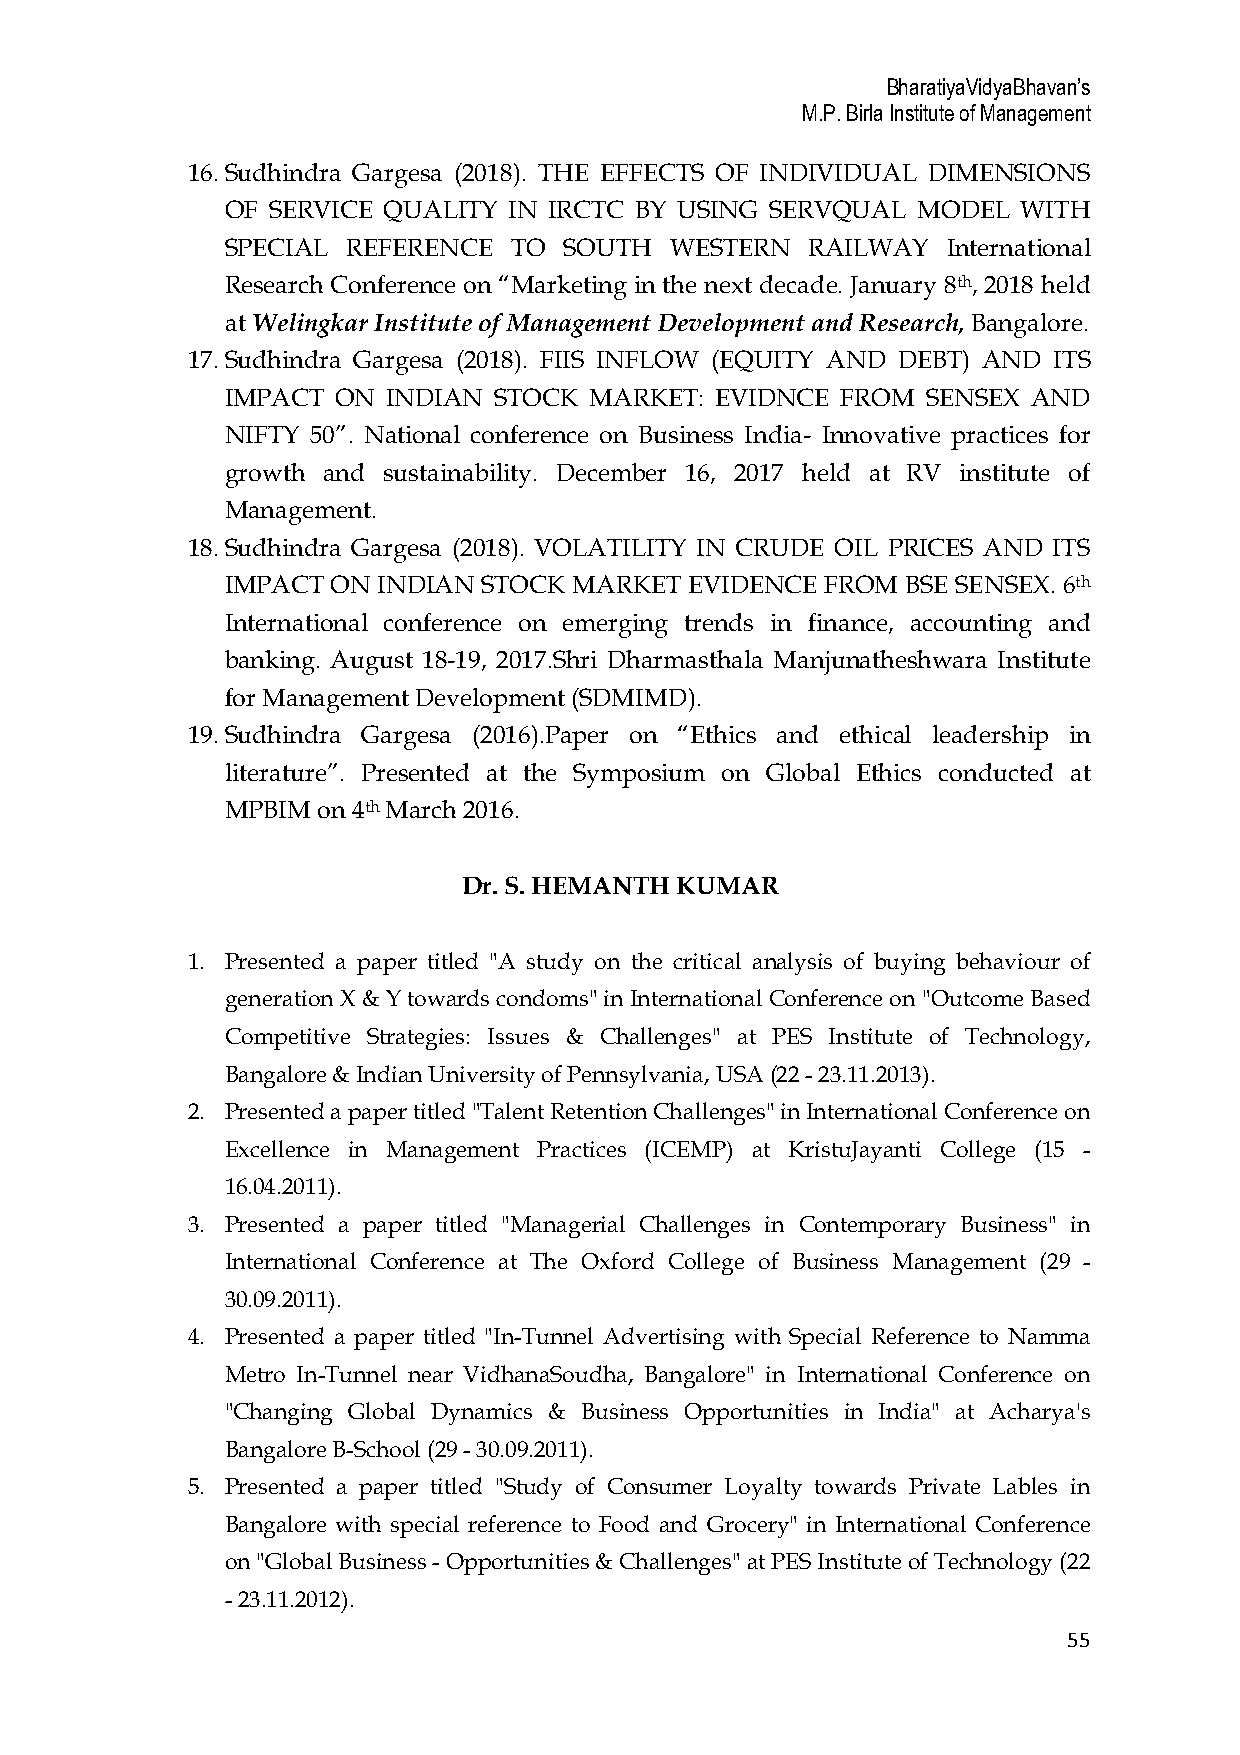
BharatiyaVidyaBhavan’s
 M.P. Birla Institute of Management
 16. Sudhindra Gargesa (2018). THE EFFECTS OF INDIVIDUAL DIMENSIONS
 OF SERVICE QUALITY IN IRCTC BY USING SERVQUAL MODEL  WITH
 SPECIAL REFERENCE  TO SOUTH  WESTERN   RAILWAY  International
 Research Conference on “Marketing in the next decade. January 8th, 2018 held
 at Welingkar Institute of Management Development and Research, Bangalore.
 17. Sudhindra Gargesa (2018). FIIS INFLOW (EQUITY AND DEBT) AND ITS
 IMPACT ON  INDIAN STOCK MARKET: EVIDNCE  FROM SENSEX AND
 NIFTY 50”. National conference on Business India- Innovative practices for
 growth and sustainability. December 16, 2017 held at RV institute of
 Management.
 18. Sudhindra Gargesa (2018). VOLATILITY IN CRUDE OIL PRICES AND ITS
 IMPACT ON INDIAN STOCK MARKET  EVIDENCE FROM BSE SENSEX. 6th
 International conference on emerging trends in finance, accounting and
 banking. August 18-19, 2017.Shri Dharmasthala Manjunatheshwara Institute
 for Management Development (SDMIMD).
 19. Sudhindra Gargesa (2016).Paper on “Ethics and ethical leadership in
 literature”. Presented at the Symposium on Global Ethics conducted at
 MPBIM on 4th March 2016.
 Dr. S. HEMANTH KUMAR
 1. Presented a paper titled "A study on the critical analysis of buying behaviour of
 generation X & Y towards condoms" in International Conference on "Outcome Based
 Competitive Strategies: Issues & Challenges" at PES Institute of Technology,
 Bangalore & Indian University of Pennsylvania, USA (22 - 23.11.2013).
 2. Presented a paper titled "Talent Retention Challenges" in International Conference on
 Excellence in Management Practices (ICEMP) at KristuJayanti College (15 -
 16.04.2011).
 3. Presented a paper titled "Managerial Challenges in Contemporary Business" in
 International Conference at The Oxford College of Business Management (29 -
 30.09.2011).
 4. Presented a paper titled "In-Tunnel Advertising with Special Reference to Namma
 Metro In-Tunnel near VidhanaSoudha, Bangalore" in International Conference on
 "Changing Global Dynamics & Business Opportunities in India" at Acharya's
 Bangalore B-School (29 - 30.09.2011).
 5. Presented a paper titled "Study of Consumer Loyalty towards Private Lables in
 Bangalore with special reference to Food and Grocery" in International Conference
 on "Global Business - Opportunities & Challenges" at PES Institute of Technology (22
 - 23.11.2012).
 55